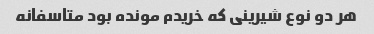
هر دو‌ نوع شیرینی که خریدم مونده بود متاسفانه